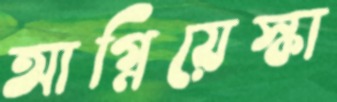
আগ্নিয়েস্কা